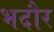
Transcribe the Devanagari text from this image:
भदौर